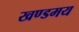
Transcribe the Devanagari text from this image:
खण्डमय